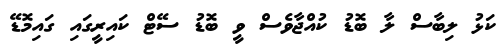
ކަޅު ލިބާސް ލާ ބޮޑު ކުއްޖާވެސް ވީ ބޮޑު ސޭޓް ކައިރީގައި ގައިމޮޑޭ